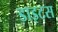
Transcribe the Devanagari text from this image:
डाइटस